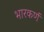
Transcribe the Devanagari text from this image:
भारकर्ण